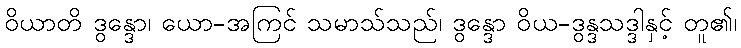
ဝိယာတိ ဒွန္ဒော၊ ယော-အကြင် သမာသ်သည်၊ ဒွန္ဒော ဝိယ-ဒွန္ဒသဒ္ဒါနှင့် တူ၏၊